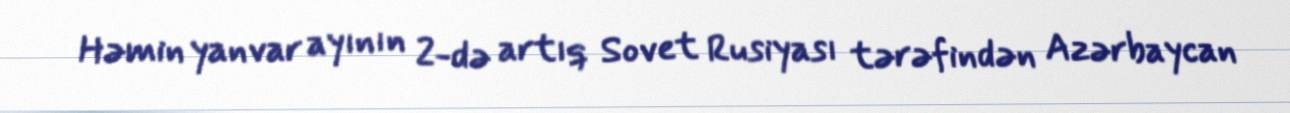
Həmin yanvar ayının 2-də artıq Sovet Rusiyası tərəfindən Azərbaycan